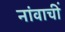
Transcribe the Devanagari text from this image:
नांवाचीं